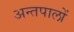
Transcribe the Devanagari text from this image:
अन्तपालों